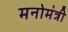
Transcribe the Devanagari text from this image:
मनोमंत्री